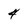
Character: 4